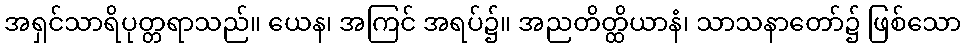
အရှင်သာရိပုတ္တရာသည်။ ယေန၊ အကြင် အရပ်၌။ အညတိတ္ထိယာနံ၊ သာသနာတော်၌ ဖြစ်သော